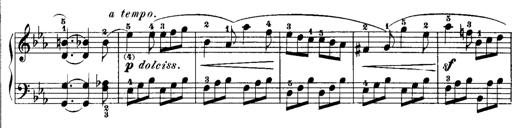
Title: Rondos and Sonatinas for Pianoforte
Composer: Daniel Steibelt